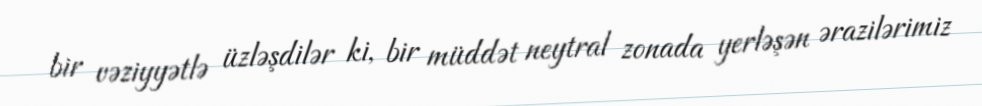
bir vəziyyətlə üzləşdilər ki, bir müddət neytral zonada yerləşən ərazilərimiz